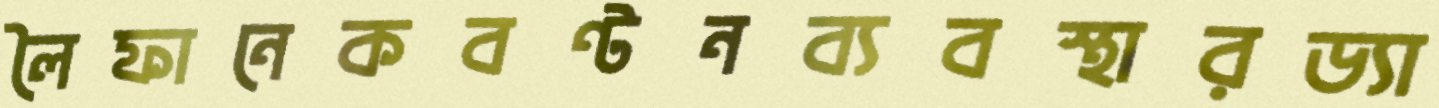
লৈফানেকবণ্টনব্যবস্থারড্যা